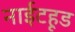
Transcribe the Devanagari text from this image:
नाईटहूड